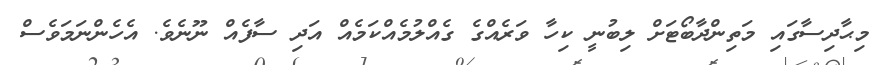
މިޙާދިސާގައި މަތިންދާބޯޓަށް ލިބުނީ ކިހާ ވަރެއްގެ ގެއްލުމެއްކަމެއް އަދި ސާފެއް ނޫނެވެ. އެހެންނަމަވެސް